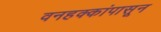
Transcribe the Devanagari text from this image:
वनहक्कांपासून